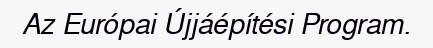
Az Európai Újjáépítési Program.